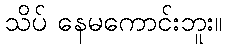
သိပ် နေမကောင်းဘူး။